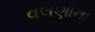
વલણોના